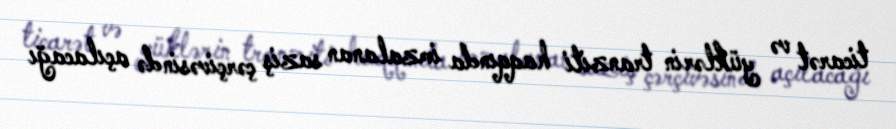
ticarət və yüklərin tranziti haqqında imzalanan saziş çərçivəsində açılacağı